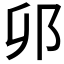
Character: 𫑗